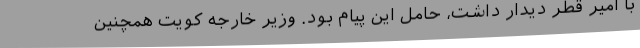
با امیر قطر دیدار داشت، حامل این پیام بود. وزیر خارجه کویت همچنین